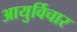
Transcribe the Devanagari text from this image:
आयुर्विचार